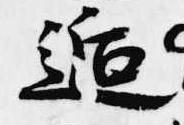
逅